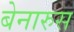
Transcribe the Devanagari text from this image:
बेनारुस